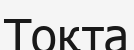
Тоқта